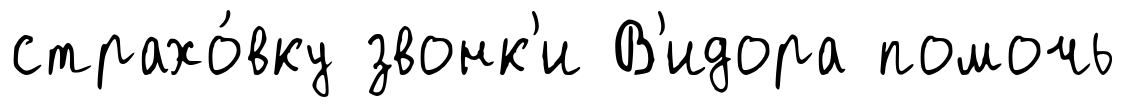
страхо́вку звонк'и В'идора помочь